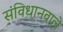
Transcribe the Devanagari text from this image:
संविधानवाले